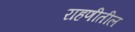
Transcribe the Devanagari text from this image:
राहणीतील